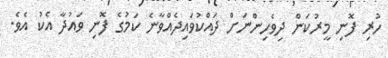
ހުރި ފޮނި މީރުކަން ދިވެހިންނަށް ދައްކުވައިދެއްވާނެ ކަމުގެ ފޮނި ވައުދާ އެކު އެވެ.